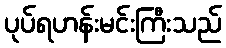
ပုပ်ရဟန်းမင်းကြီးသည်